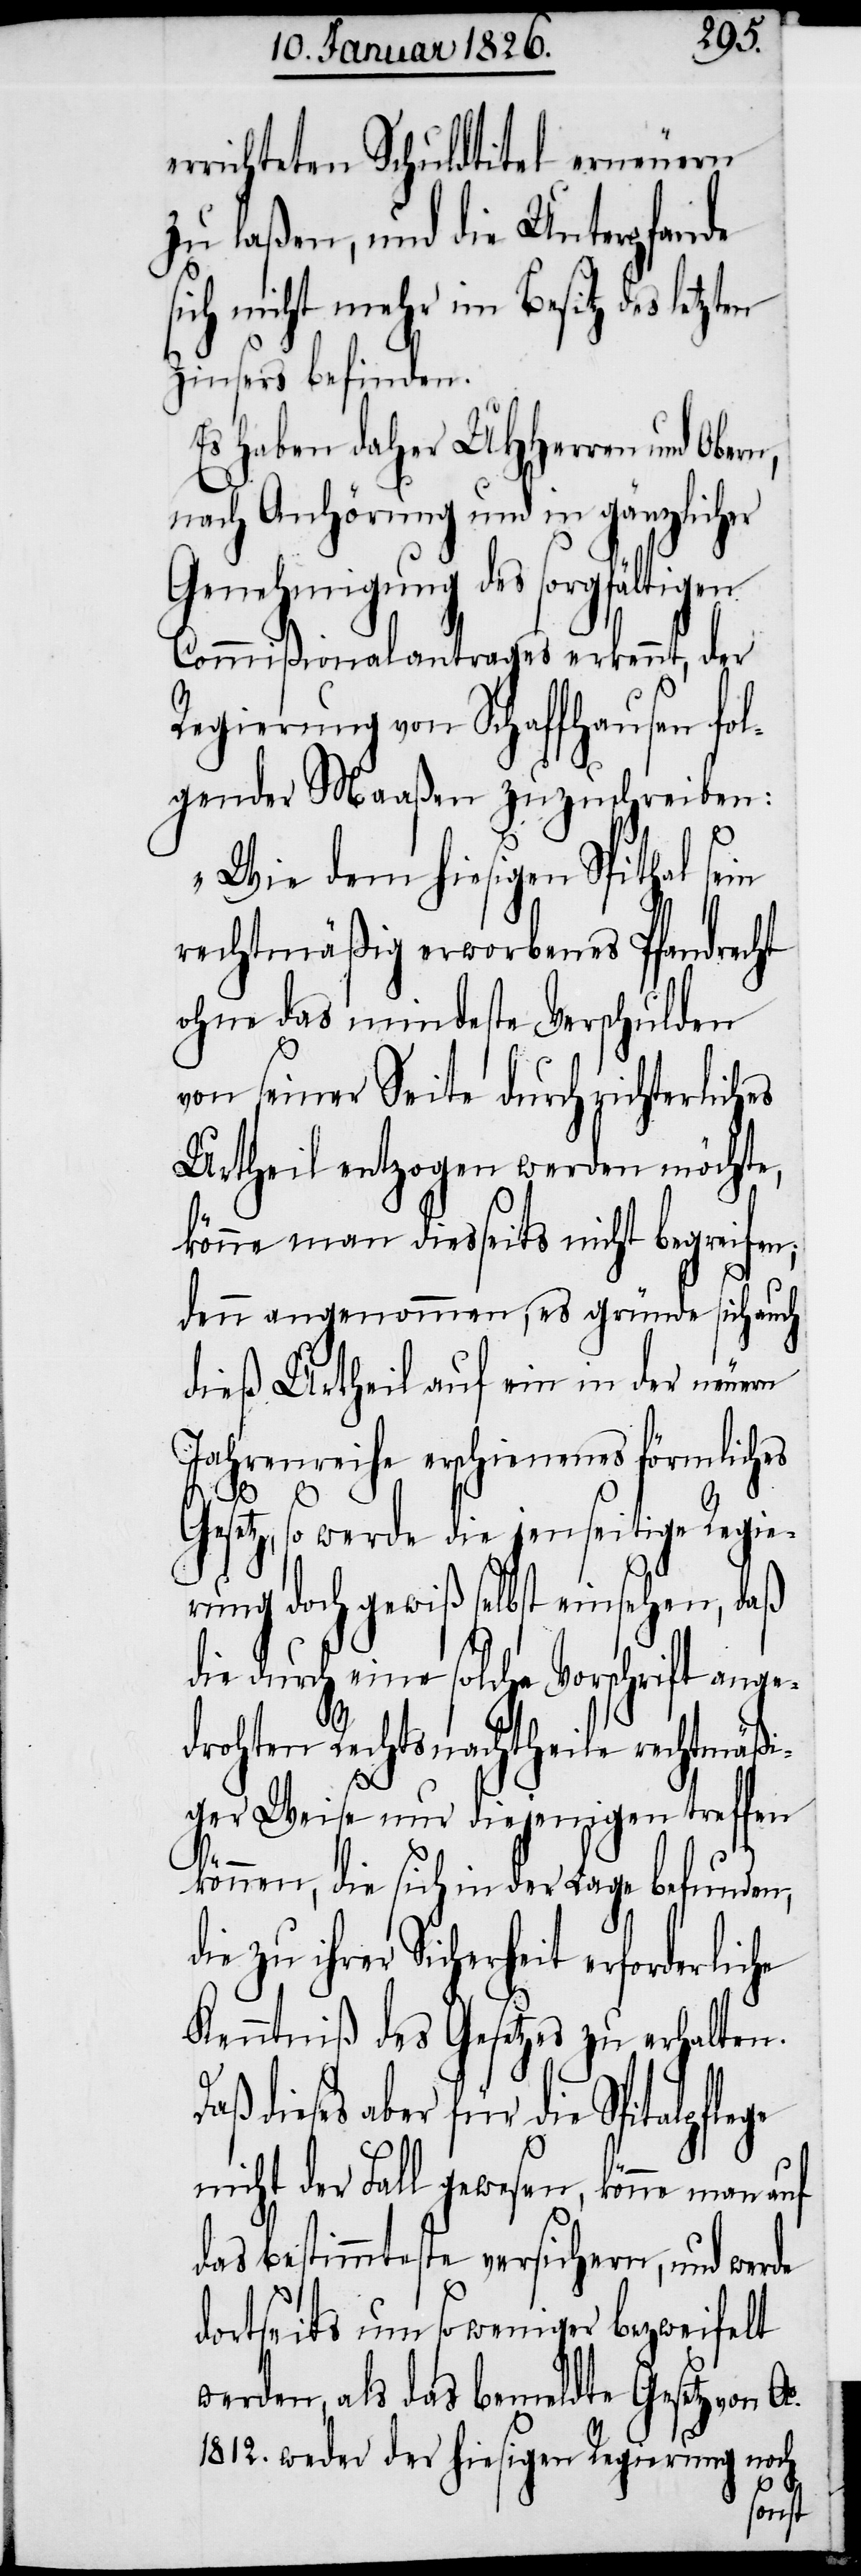
errichteten Schuldtitel erneuern
zu laßen, und die Unterpfande
sich nicht mehr im Besitz des letzt¬
Zinsers befinden.
Es haben daher UHHerren und
nach Anhörung und in gänzlicher
Genehmigung des sorgfältigen
Commißionalantrages erkennt, der
Regierung von Schaffhausen fol¬
gender Maaßen zuzuschreiben:
„Wie dem hiesigen Spithal sein
rechtmäßig erworbenes Pfandrecht
ohne das mindeste Verschulden
von seiner Seite durch richterlich¬
Urtheil entzogen werden möchte,
könne man diesseits nicht begreifen;
denn angenommen, es gründe sich auch
dieß Urtheil auf ein in der neuern
Jahrenreihe erschienenes förmliches
Gesetz, so werde die jenseitige Regie¬
rung doch gewiß selbst einsehen, daß
die durch eine solche Vorschrift ange¬
drohten Rechtsnachtheile rechtmäßi¬
ger Weise nur diejenigen treffen
können, die sich in der Lage befunden,
zu ihrer Sicherheit erforderlic¬
Kenntniß des Gesetzes zu erhalten.
dieses aber für die Spitalpfle¬
nicht der Fall gewesen, könne man auf
das Bestimmteste versichern, und werde
dortseits um so weniger bezweifelt
werden, als das bemeldte Gesetz von
1812. weder der hiesigen R¬
rung noch
egie¬